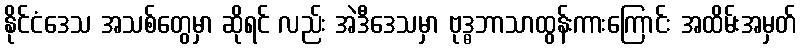
နိုင်ငံဒေသ အသစ်တွေမှာ ဆိုရင် လည်း အဲဒီဒေသမှာ ဗုဒ္ဓဘာသာထွန်းကားကြောင်း အထိမ်းအမှတ်